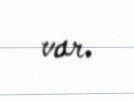
var.